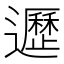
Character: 𨘸